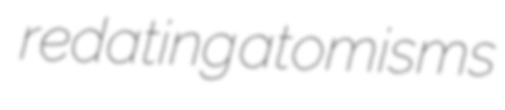
redating atomisms